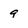
Character: 9